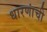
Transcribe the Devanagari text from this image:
धारणांची